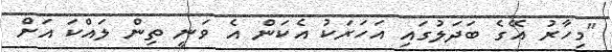
"މިހާރު އޭގެ ބަދަލުގައި އަހަރަކު އެކަން އެ ވަނީ ތިން ލައްކަ އަށް